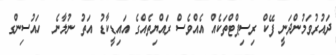
ދައުރުވަމުންދަނީ ފޭކް ރިސިޕްޓްތަކެއް އެއްވެސް ރައްޔިތެއްގެ އައިޑީކާޑު އަތު ނުލާނެ  ހައުސިންގ